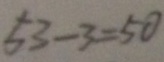
5 3 - 3 = 5 0